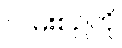
လမ်းစဉ်ကို